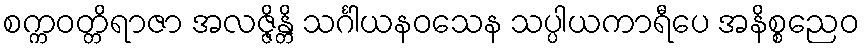
စက္ကဝတ္တိရာဇာ အလဇ္ဇိန္တိ သင်္ဂါယနဝသေန သပ္ပါယကာရီပေ အနိစ္စညေဝ